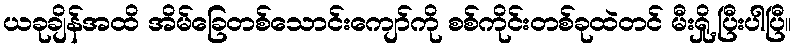
ယခုချိန်အထိ အိမ်ခြေတစ်သောင်းကျော်ကို စစ်ကိုင်းတစ်ခုထဲတင် မီးရှို့ပြီးပါပြီ။